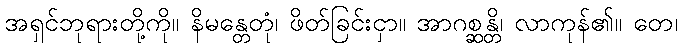
အရှင်ဘုရားတို့ကို။ နိမန္တေတုံ၊ ဖိတ်ခြင်းငှာ။ အာဂစ္ဆန္တိ၊ လာကုန်၏။ တေ၊